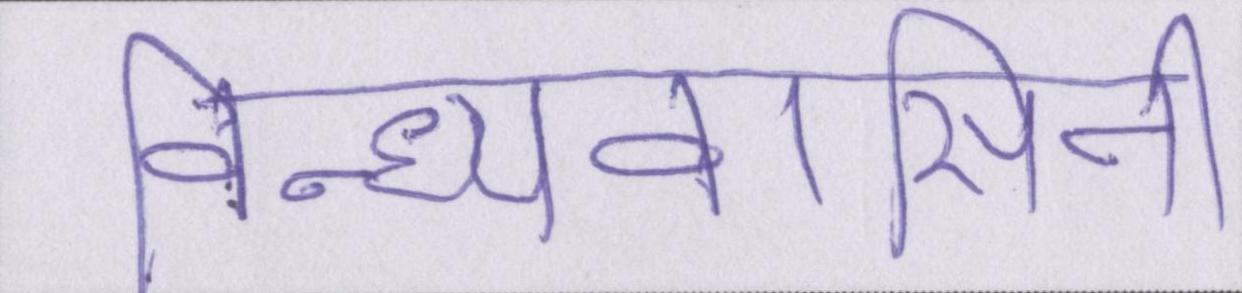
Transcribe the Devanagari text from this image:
विन्ध्यवासिनी